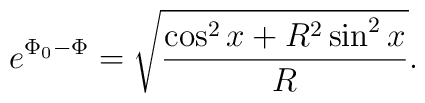
e^{\Phi_0 -\Phi} = \sqrt{\frac{\cos^2x + R^2 \sin^2 x}{R}} .